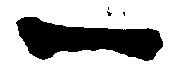
一